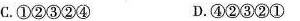
C.①②③②④ D.④②③②①